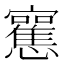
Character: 𰒣